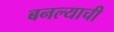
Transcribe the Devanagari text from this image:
बनल्याची